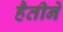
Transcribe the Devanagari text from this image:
हैतीने